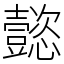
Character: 懿